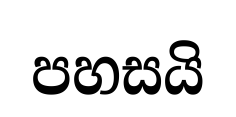
පහසයි